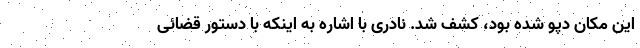
این مکان دپو شده بود، کشف شد. نادری با اشاره به اینکه با دستور قضائی